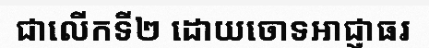
ជាលើកទី២ ដោយចោទអាជ្ញាធរ